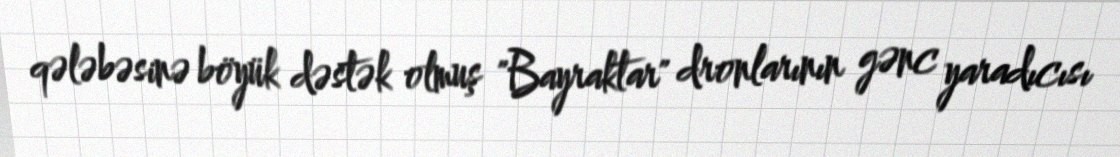
qələbəsinə böyük dəstək olmuş "Bayraktar" dronlarının gənc yaradıcısı